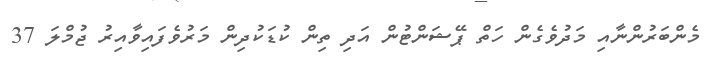
މެންބަރުންނާއި މަދުވެގެން ހަތް ޕޭޝަންޓުން އަދި ތިން ކުޑަކުދިން މަރުވެފައިވާއިރު ޖުމްލަ 37